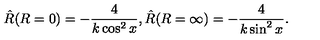
{ \hat { R } } ( R = 0 ) = - { \frac { 4 } { k \cos ^ { 2 } x } } , { \hat { R } } ( R = \infty ) = - { \frac { 4 } { k \sin ^ { 2 } x } } .